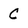
Character: C